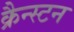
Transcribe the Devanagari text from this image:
क्रैन्स्टन